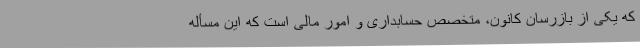
که یکی از بازرسان کانون، متخصص حسابداری و امور مالی است که این مسأله